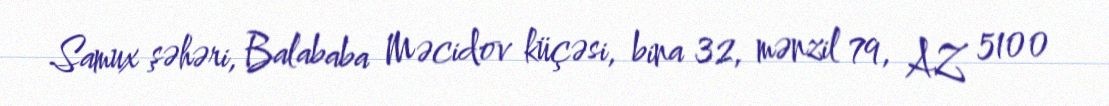
Samux şəhəri, Balababa Məcidov küçəsi, bina 32, mənzil 79, AZ 5100